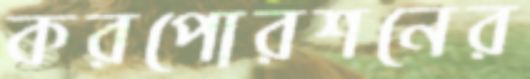
করপোরশনের